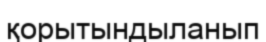
қорытындыланып